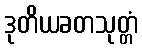
ဒုတိယခတသုတ္တံ